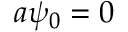
a \psi _ { 0 } = 0